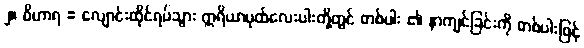
၂။ ဝိဟာရ = လျောင်းထိုင်ရပ်သွား ဣရိယာပုထ်လေးပါးတို့တွင် တစ်ပါး ၏ နာကျင်ခြင်းကို တစ်ပါးဖြင့်